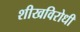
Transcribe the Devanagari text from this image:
शीखविरोधी